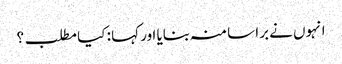
انہوں نے برا سا منہ بنایا اور کہا : کیا مطلب ؟